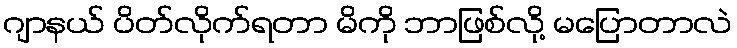
ဂျာနယ် ပိတ်လိုက်ရတာ မိကို ဘာဖြစ်လို့ မပြောတာလဲ